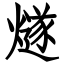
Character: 燧